Assam Mental Hospital (Tezpur, India) - 1933-1948
Year: 1933
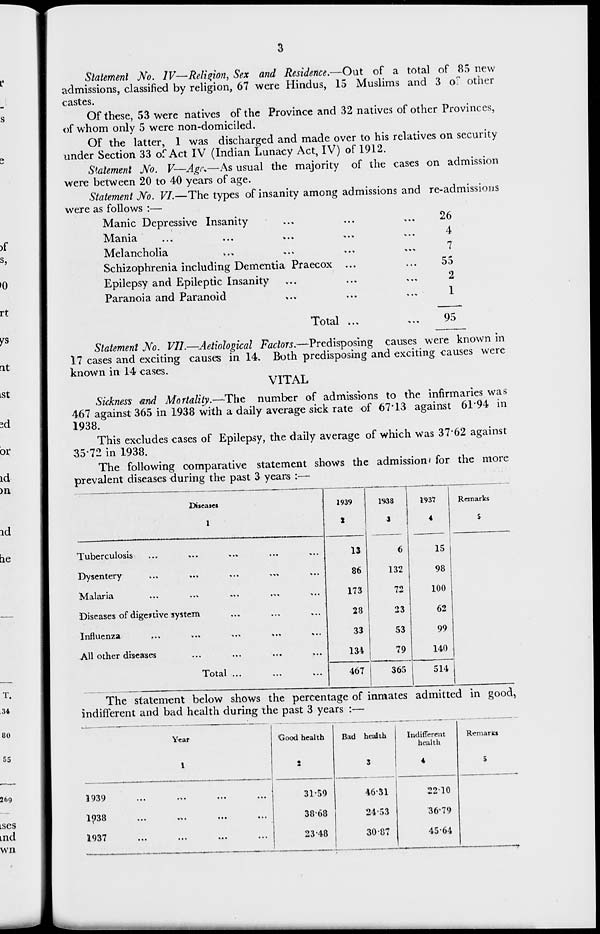
3
Statement No. IV–Religion, Sex and Residence.—Out of a total of 85 new
admissions, classified by religion, 67 were Hindus, 15 Muslims and 3 of other
castes.
Of these, 53 were natives of the Province and 32 natives of other Provinces,
of whom only 5 were non-domiciled.
Of the latter, 1 was discharged and made over to his relatives on security
under Section 33 of Act IV (Indian Lunacy Act, IV) of 1912.
Statement No. V—Age.—As usual the majority of the cases on admission
were between 20 to 40 years of age.
Statement No. VI.—The types of insanity among admissions and re-admissions
were as follows :—
Manic Depressive Insanity ... ... ...
Mania ... ... ... ... ...
Melancholia ... ... ... ... ...
Schizophrenia including Dementia Praecox ... ...
Epilepsy and Epileptic Insanity ... ... ...
Paranoia and Paranoid ... ... ...
Total ... ...
26
4
7
55
2
1
95
Statement No. VII.—Aetiological Factors.—Predisposing causes were known in
17 cases and exciting causes in 14. Both predisposing and exciting causes were
known in 14 cases.
VITAL
Sickness and Mortality.—The number of admissions to the infirmaries was
467 against 365 in 1938 with a daily average sick rate of 67.13 against 61.94 in
1938.
This excludes cases of Epilepsy, the daily average of which was 37.62 against
35.72 in 1938.
The following comparative statement shows the admission for the more
prevalent diseases during the past 3 years :—
Diseases
1
Tuberculosis ... ... ... ... ...
Dysentery ... ... ... ... ...
Malaria ... ... ... ... ...
Diseases of digestive system ... ... ...
Influenza ... ... ... ... ...
All other diseases ... ... ... ...
Total ... ... ...
1939
2
13
86
173
28
33
134
467
1938
3
6
132
72
23
53
79
365
1937
4
15
98
100
62
99
140
514
Remarks
5
The statement below shows the percentage of inmates admitted in good,
indifferent and bad health during the past 3 years :—
Year
1
1939 ... ... ... ...
1938 ... ... ... ...
1937 ... ... ... ...
Good health
2
31.59
38.68
23.48
Bad health
3
46.31
24.53
30.87
Indifferent
health
4
22.10
36.79
45.64
Remarks
5